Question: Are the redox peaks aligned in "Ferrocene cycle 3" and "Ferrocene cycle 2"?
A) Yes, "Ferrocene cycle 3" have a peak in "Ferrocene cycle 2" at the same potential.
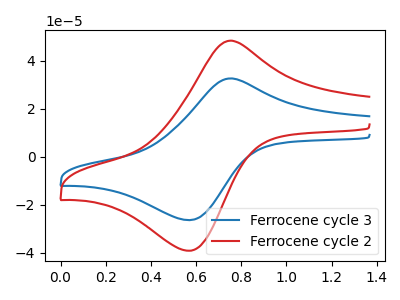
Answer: <think>The blue curve "Ferrocene cycle 3" has an anodic peak at (0.75V, 32.60uA) and a cathodic peak at (0.55V, -26.45uA). The red curve "Ferrocene cycle 2" has an anodic peak at (0.75V, 48.35uA) and a cathodic peak at (0.55V, -39.20uA).</think>
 <answer>A) Yes, "Ferrocene cycle 3" have a peak in "Ferrocene cycle 2" at the same potential.</answer>
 <eval>A</eval>